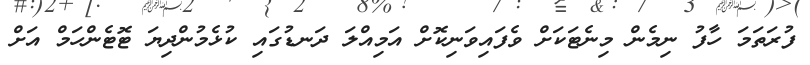
ފުރަތަމަ ހާފު ނިމެން މިނެޓަކަށް ވެފައިވަނިކޮށް އަމިއްލަ ދަނޑުގައި ކުޅެމުންދިޔަ ޓޮޓެންހަމް އަށް